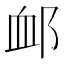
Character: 䘏